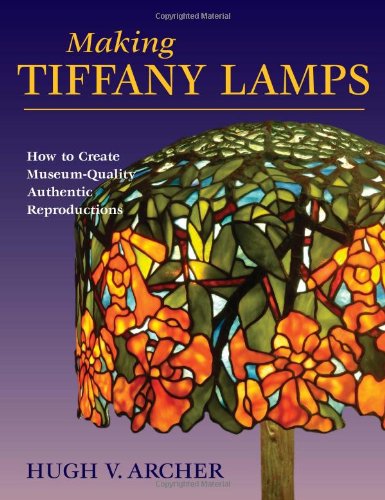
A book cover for Making Tiffany Lamps: How to Create Museum-Quality Authentic Reproductions; Hugh V. Archer; Crafts, Hobbies & Home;